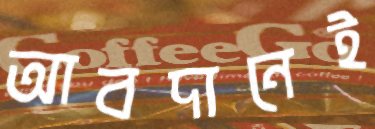
আবদানেই